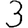
Digit: 3